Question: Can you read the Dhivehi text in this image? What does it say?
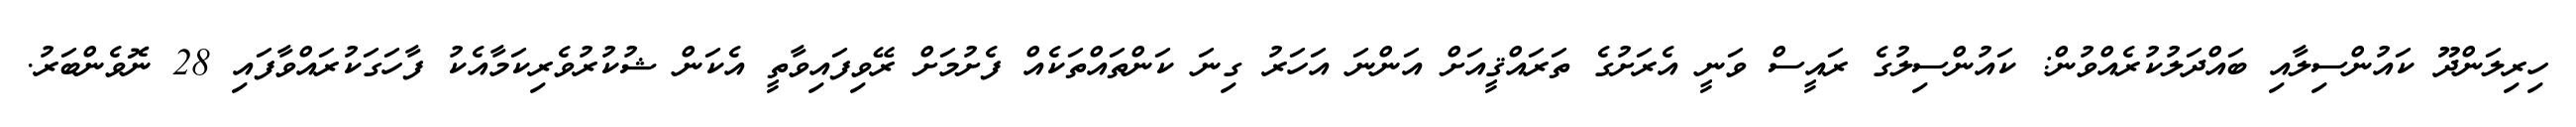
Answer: ހިރިލަންދޫ ކައުންސިލާއި ބައްދަލުކުރެއްވުން: ކައުންސިލުގެ ރައީސް ވަނީ އެރަށުގެ ތަރައްޤީއަށް އަންނަ އަހަރު ގިނަ ކަންތައްތަކެއް ފެށުމަށް ރޭވިފައިވާތީ އެކަން ޝުކުރުވެރިކަމާއެކު ފާހަގަކުރައްވާފައި 28 ނޮވެންބަރު.